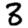
Digit: 8